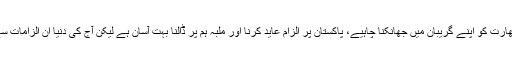
ان کا کہنا تھا کہ بھارت کو اپنے گریبان میں جھانکنا چاہیے، پاکستان پر الزام عاید کرنا اور ملبہ ہم پر ڈالنا بہت آسان ہے لیکن آج کی دنیا ان الزامات سے قائل نہیں ہوگی۔